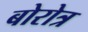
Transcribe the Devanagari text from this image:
बोरोत्र